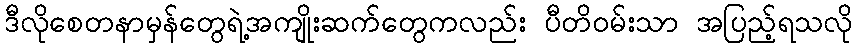
ဒီလိုစေတနာမှန်တွေရဲ့အကျိုးဆက်တွေကလည်း ပီတိဝမ်းသာ အပြည့်ရသလို